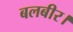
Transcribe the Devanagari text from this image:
बलबीर।